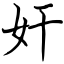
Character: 奸